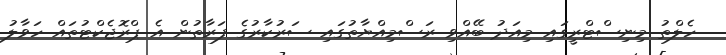
ހެލްތު މިނިސްޓްރީގައި މިއަދު ބޭއްވި ރަސްމިއްޔާތުގައި ސަރުކާރުގެ ފަރާތުން އެ ޕްރޮޖެކްޓުތައް ހަވާލު